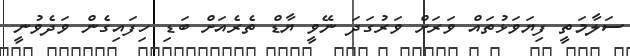
ސަލާމަތީ ފިޔަވަޅުތައް ވަރަށް ވަރުގަދަ ނޭވީ ޔާޑް ތެރެއަށް ބަޑި ހިފައިގެން ވަދެވުނީ